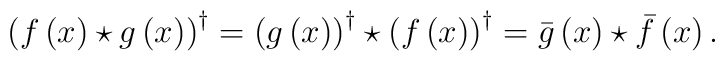
\left( f\left( x\right) \star g\left( x\right) \right) ^{\dagger }=\left(g\left( x\right) \right) ^{\dagger }\star \left( f\left( x\right) \right)^{\dagger }=\bar{g}\left( x\right) \star \bar{f}\left( x\right) .